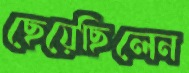
ছেয়েছিলেন